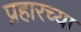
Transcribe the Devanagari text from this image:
प्रहारच्या